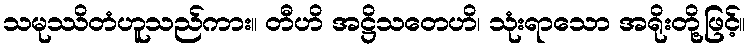
သမုဿိတံဟူသည်ကား။ တီဟိ အဋ္ဌိသတေဟိ၊ သုံးရာသော အရိုးတို့ဖြင့်။